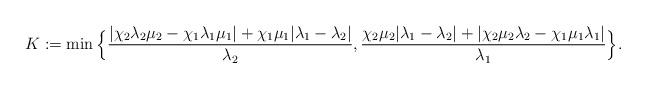
LaTeX: \begin{align*}K:=\min\Big\{\frac{|\chi_2\lambda_2\mu_2-\chi_1\lambda_1\mu_1|+\chi_1\mu_1|\lambda_1-\lambda_2|}{\lambda_2},\frac{ \chi_2\mu_2|\lambda_1-\lambda_2| + |\chi_2\mu_2\lambda_2-\chi_1\mu_1\lambda_1|}{\lambda_{1}} \Big\}.\end{align*}